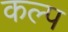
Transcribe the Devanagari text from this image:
कल्‍प